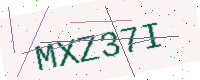
Text: MXZ37I